Lunatic asylums United Prov. 1922-30 - 1922-1930
Year: 1922
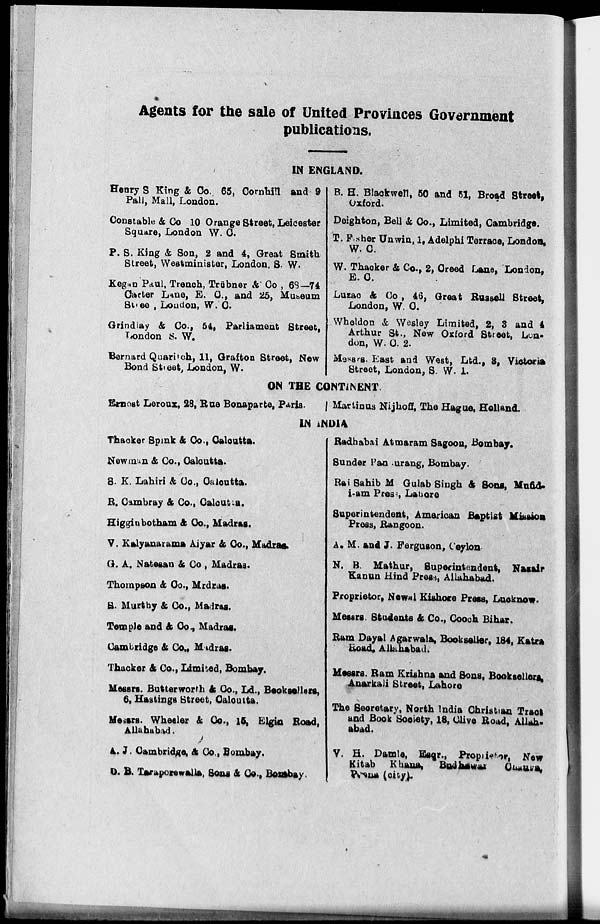
Agents for the sale of United Provinces Government
publications.
IN ENGLAND.
Henry S King & Co. 65, Cornhill and 9
Pall, Mall, London.
Constable & Co 10 Orange Street, Leicester
Square, London W. C.
P. S. King & Son, 2 and 4, Great Smith
Street, Westminister, London, S. W.
Kegan Paul, Trench, Trübner & Co , 68—74
Carter Lane, E. C., and 25, Museum
Street , London, W.C.
Grindlay & Co., 54, Parliament Street.
London S. W.
Bernard Quarich, 11, Grafton Street, New
Bond Street, London, W.
B. H. Blackwell, 50 and 51, Broad Street,
Oxford.
Deighton, Bell & Co., Limited, Cambridge.
T. Fisher Unwin, 1, Adelphi Terrace, London,
W. C.
W.Thacker & Co., 2, Creed Lane, London,
E. C.
Luzac & Co , 46, Great Russell Street,
London, W. C.
Wheldon & Wesley Limited, 2, 3 and 4
Arthur St., New Oxford Street, Lon-
don, W. C. 2.
Messrs. East and West, Ltd., 3, Victoria
Street, London, S. W. 1.
ON THE CONTINENT.
Ernest Leroux, 28, Rue Bonaparte, Paris.
Martinus Nijhoff, The Hague, Holland.
IN INDIA
Thacker Spink & Co., Calcutta.
Newman & Co., Calcutta.
S. K. Lahiri & Co., Calcutta.
R.Cambray & Co., Calcutta.
Higginbotham & Co., Madras.
V. Kalyanarama Aiyar & Co., Madras.
G. A. Natesan & Co., Madras.
Thompson & Co., Mrdras.
S. Murthy & Co., Madras.
Temple and & Co., Madras.
Cambridge & Co., Madras.
Thacker & Co., Limited, Bombay.
Messrs. Butterworth & Co., Ld., Booksellers,
6, Hastings Street, Calcutta.
Messrs. Wheeler & Co., 15, Elgin Road,
Allahabad.
A. J. Cambridge, & Co., Bombay.
D.B. Taraporewalla. Sons & Co., Bombay.
Radhabai Atmaram Sagoon, Bombay.
Sunder Pandurang, Bombay.
Rai Sahib M Gulab Singh & Sons, Mufid-
i-am Press , Lahore
Superintendent, American Baptist Mission
Press, Rangoon.
A. M. and J. Ferguson, Ceylon
N. B. Mathur, Superintendent, Nasair
Kanun Hind Press, Allahabad.
Proprietor, Newal Kishore Press, Lucknow.
Messrs. Students & Co., Cooch Bihar.
Ram Dayal Agarwala, Bookseller, 184, Katra
Road, Allahabad.
Messrs. Ram Krishna and Sons, Booksellers.
Anarkali Street, Lahore
The Secretary, North India Christian Tract
and Book Society, 18, Olive Road, Allah¬
abad.
V. H. Damle, Esqr., Proprieter, New
Kitab Khana,
Budhwar Chauka,
Poona (city).